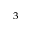
^ 3